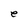
Character: e